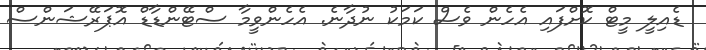
ޑެއިލީ މީޓް ކޮށްފައި އެހެން ވެސް ކަމަކު ނުދާނެ. އެހެންވީމާ ސްޓޭންޑާޑް އޮޕަރޭޝަންސް